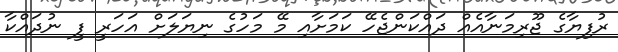
ރުފިޔާގެ ޖޫރިމަނާއެއް ދައްކަންޖެހޭ ކަމަށާއި މޭ މަހުގެ ނިޔަލަށް އަހަރީ ފީ ނުދައްކާ